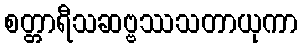
စတ္တာရီသဆဗ္ဗဿသတာယုကာ